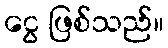
ငွေ ဖြစ်သည်။